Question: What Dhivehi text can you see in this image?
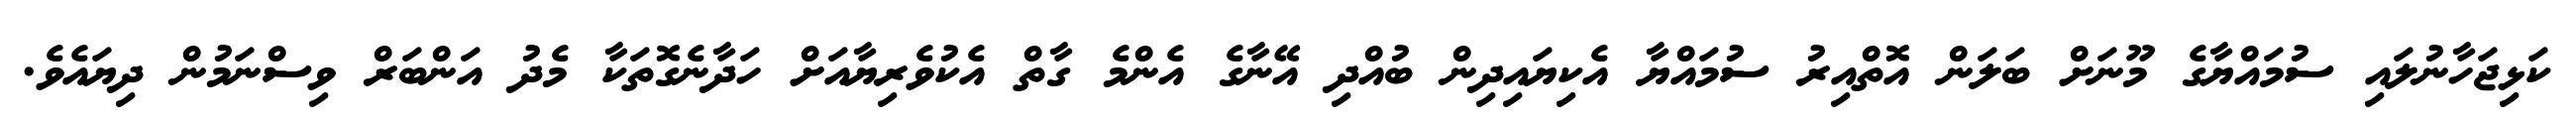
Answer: ކަޅިޖަހާނުލައި ސުމައްޔާގެ މޫނަށް ބަލަން އޮތްއިރު ސުމައްޔާ އެކިޔައިދިން ބުއްދި އޭނާގެ އެންމެ ގާތް އެކުވެރިޔާއަށް ހަދާނެގޮތަކާ މެދު އަންބަރް ވިސްނަމުން ދިޔައެވެ.